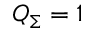
Q _ { \Sigma } = 1